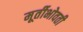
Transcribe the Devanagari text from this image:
मूर्तीभोवती